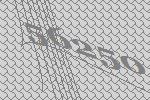
56250